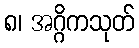
၈၊ အဂ္ဂိကသုတ်